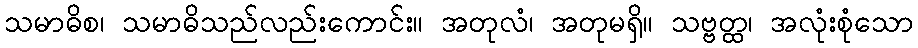
သမာဓိစ၊ သမာဓိသည်လည်းကောင်း။ အတုလံ၊ အတုမရှိ။ သဗ္ဗတ္ထ၊ အလုံးစုံသော